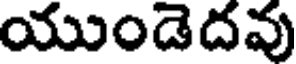
యుండెదవు